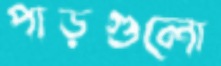
পাড়গুলো